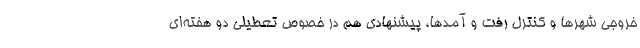
خروجی شهرها و کنترل رفت و آمدها، پیشنهادی هم در خصوص تعطیلی دو هفته‌ای